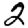
Digit: 2